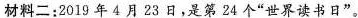
材料二：2019年4月23日，是第24个”世界读书日”。